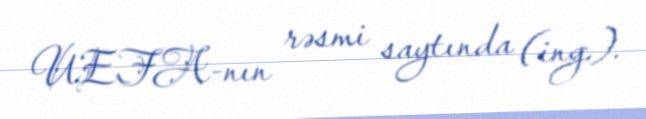
UEFA-nın rəsmi saytında (ing.).